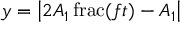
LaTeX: y = \left| 2 A _ { 1 } \operatorname { f r a c } ( f t ) - A _ { 1 } \right|